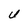
Character: U